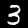
Digit: 3